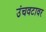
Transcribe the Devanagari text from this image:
उंचवटावर